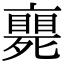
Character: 𠆚